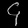
Digit: ၄